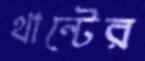
থান্টের